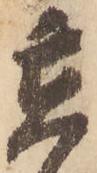
立